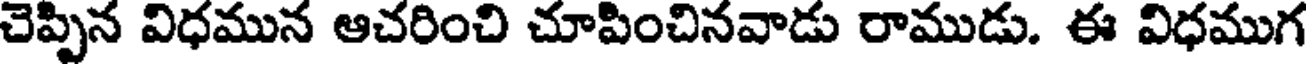
చెప్పిన విధమున ఆచరించి చూపించినవాడు రాముడు. ఈ విధముగ